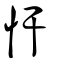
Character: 忓